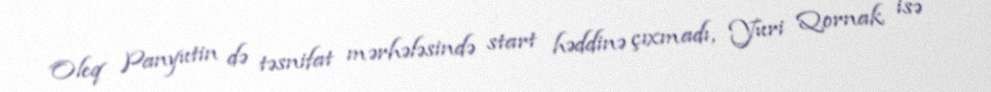
Oleq Panyutin də təsnifat mərhələsində start həddinə çıxmadı, Yuri Qornak isə